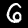
Label: 6